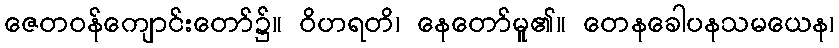
ဇေတဝန်ကျောင်းတော်၌။ ဝိဟရတိ၊ နေတော်မူ၏။ တေနခေါပနသမယေန၊